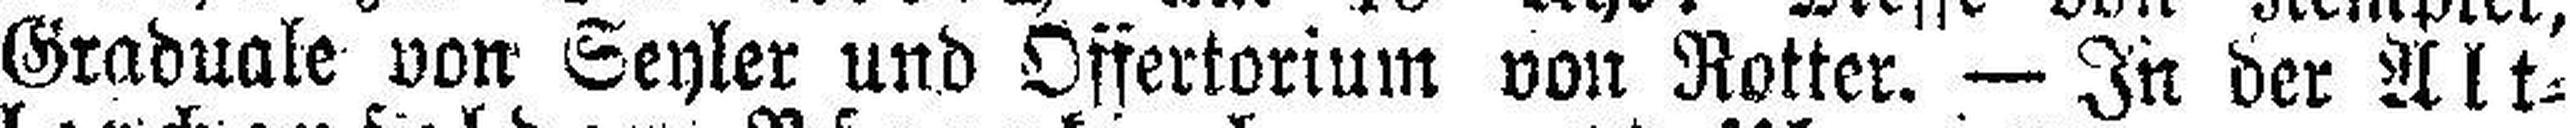
Graduale von Seyler und Offertorium von Rotter. — In der Alt¬